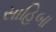
સાહિબા